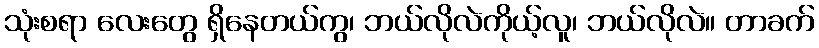
သုံးစရာ လေးတွေ ရှိနေတယ်ကွ၊ ဘယ်လိုလဲကိုယ့်လူ၊ ဘယ်လိုလဲ။ တာခက်